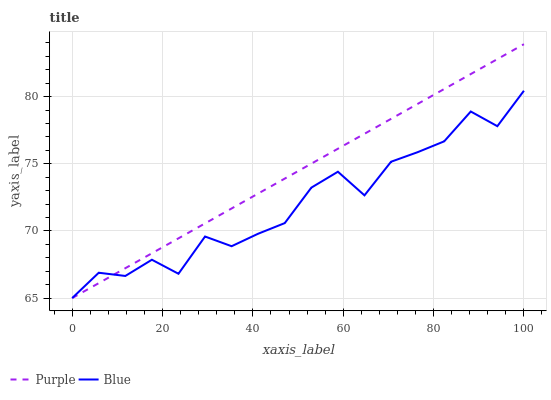
| xaxis_label | Purple | Blue |
 | --- | --- | --- |
 | 0 | 65 | 65 |
 | 5.88 | 66.1 | 66.9 |
 | 11.8 | 67.2 | 66.6 |
 | 17.6 | 68.3 | 67.9 |
 | 23.5 | 69.4 | 66.8 |
 | 29.4 | 70.6 | 69.6 |
 | 35.3 | 71.7 | 68.9 |
 | 41.2 | 72.8 | 69.8 |
 | 47.1 | 73.9 | 70.6 |
 | 52.9 | 75 | 73.2 |
 | 58.8 | 76.1 | 74.4 |
 | 64.7 | 77.2 | 72.7 |
 | 70.6 | 78.3 | 75.2 |
 | 76.5 | 79.5 | 75.9 |
 | 82.4 | 80.6 | 76.7 |
 | 88.2 | 81.7 | 78.9 |
 | 94.1 | 82.8 | 77.8 |
 | 100 | 83.9 | 80.4 |